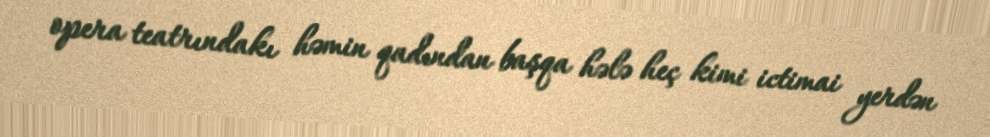
opera teatrındakı həmin qadından başqa hələ heç kimi ictimai yerdən